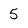
Character: 5